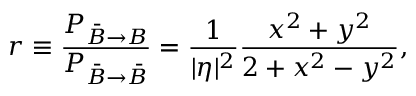
r \equiv \frac { P _ { \bar { B } \rightarrow { B } } } { P _ { \bar { B } \rightarrow \bar { B } } } = \frac { 1 } { | \eta | ^ { 2 } } \frac { x ^ { 2 } + y ^ { 2 } } { 2 + x ^ { 2 } - y ^ { 2 } } ,